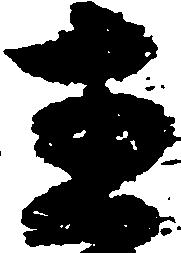
直